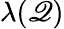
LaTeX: \lambda(\mathscr{Q})